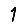
Digit: 1